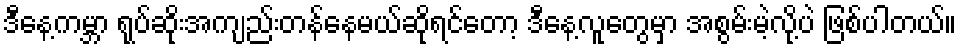
ဒီနေ့ကမ္ဘာ ရုပ်ဆိုးအကျည်းတန်နေမယ်ဆိုရင်တော့ ဒီနေ့လူတွေမှာ အစွမ်းမဲ့လို့ပဲ ဖြစ်ပါတယ်။